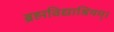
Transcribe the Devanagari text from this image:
ब्रह्मविद्याश्रियम्।